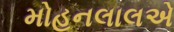
મોહનલાલએ